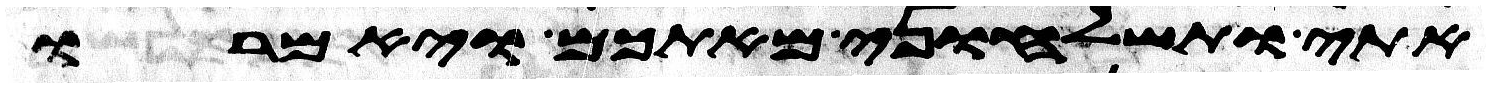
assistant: אתי ותשלחוני מאתכם ויאמרו